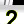
Digit: 2